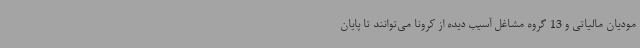
مودیان مالیاتی و 13 گروه مشاغل آسیب دیده از کرونا می‌توانند تا پایان